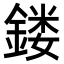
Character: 𨩐